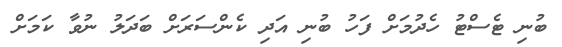
ބުނި ޓެސްޓު ހެދުމަށް ފަހު ބުނި އަދި ކެންސަރަށް ބަދަލު ނުވާ ކަމަށް